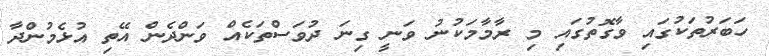
ހަބަރުތަކުގައި ވާގޮތުގައި މި ރާމާމަކުނު ވަނީ ގިނަ ދުވަސްތަކެއް ވަންދެން އޭތި އުޅެމުންދާ